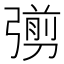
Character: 彅